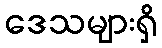
ဒေသများရှိ